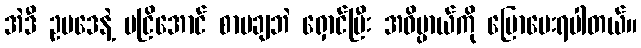
အဲဒီ ဥပဒေနဲ့ မငြိအောင် စာမချဘဲ ရှောင်ပြီး အဓိပ္ပာယ်ကို ပြောပေးရပါတယ်။